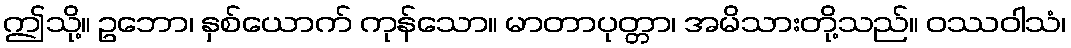
ဤသို့။ ဥဘော၊ နှစ်ယောက် ကုန်သော။ မာတာပုတ္တာ၊ အမိသားတို့သည်။ ဝဿဝါသံ၊